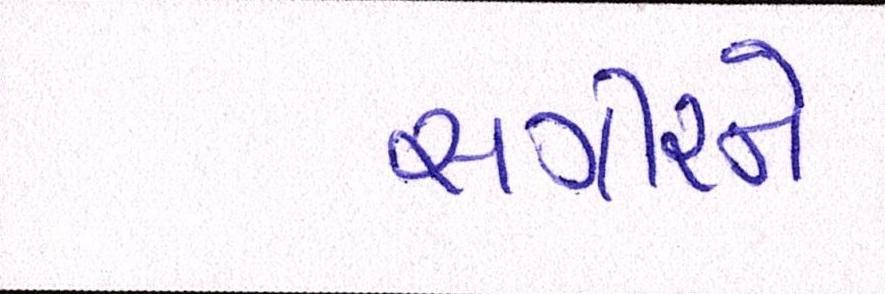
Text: સગીરને